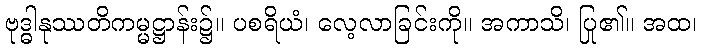
ဗုဒ္ဓါနုဿတိကမ္မဋ္ဌာန်း၌။ ပစရိယံ၊ လေ့လာခြင်းကို။ အကာသိ၊ ပြု၏။ အထ၊